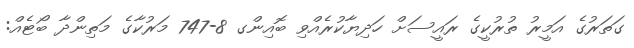
ގަތަރުގެ އަމީރު ތުރުކީގެ ރައީސަށް ހަދިޔާކުރެއްވި ބޮއިންގ 8-747 މަރުކާގެ މަތިންދާ ބޯޓެއް: